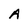
Character: A